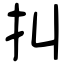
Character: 㧃